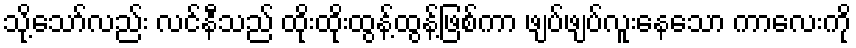
သို့သော်လည်း လင်နီသည် ထိုးထိုးထွန့်ထွန့်ဖြစ်ကာ ဖျပ်ဖျပ်လူးနေသော ကာလေးကို